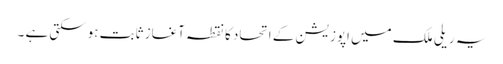
یہ ریلی ملک میں اپوزیشن کے اتحاد کا نقطہ آغاز ثابت ہوسکتی ہے ۔